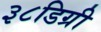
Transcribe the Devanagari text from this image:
३८डिग्री